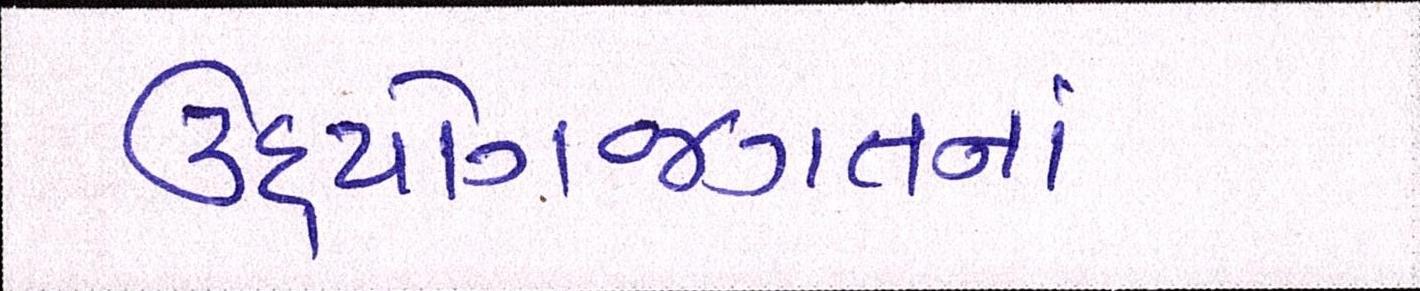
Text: ઉદ્યોગજગતનાં